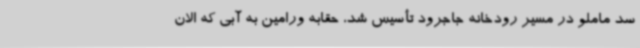
سد ماملو در مسیر رودخانه جاجرود تأسیس شد، حقابه ورامین به آبی که الان